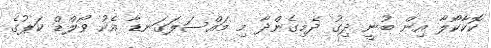
ކޮކާކޯލާ އިން ބުނީ ދިގު ދެމިގެންދާ މި މައްސަލަގަނޑާ އެކު ވޯލްޑް ކަޕުގެ